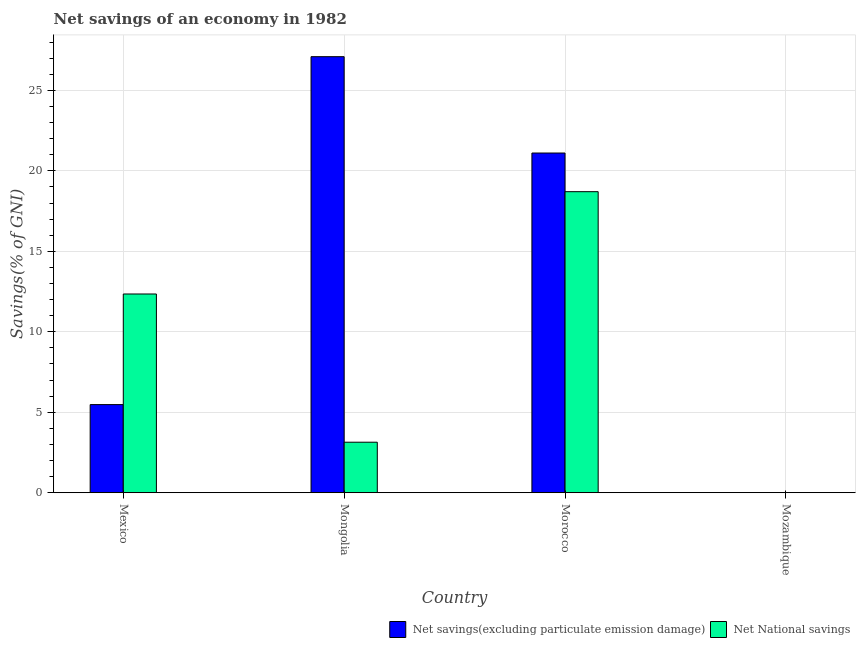
| Country | Net savings(excluding particulate emission damage) | Net National savings |
 | --- | --- | --- |
 | Mexico | 5.47 | 12.3 |
 | Mongolia | 27.1 | 3.14 |
 | Morocco | 21.1 | 18.7 |
 | Mozambique | -13.3 | -21.2 |